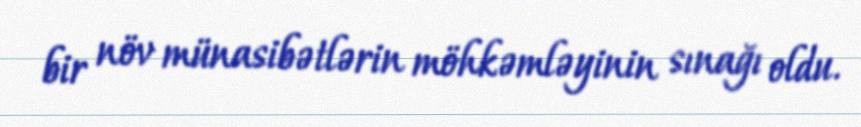
bir növ münasibətlərin möhkəmləyinin sınağı oldu.